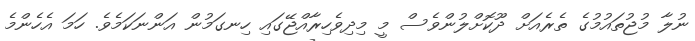
ނުލާ މުޖުތައުމުގެ ތެރެއަށް ދޫކޮށްލުންވެސް މީ މިދިވެހިރާއްޖޭގައި ހިނގަމުން އަންނަކަމެވެ. ހަމަ އެހެންމެ